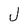
Character: J